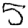
Digit: 5